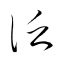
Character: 泛